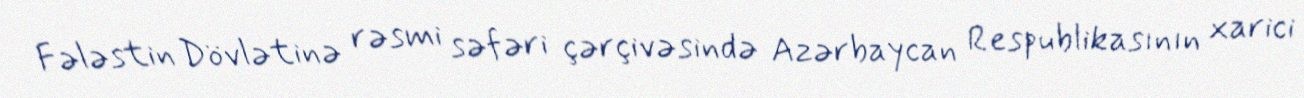
Fələstin Dövlətinə rəsmi səfəri çərçivəsində Azərbaycan Respublikasının xarici